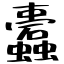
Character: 蠹